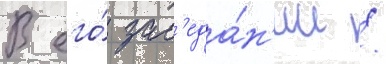
В его́ зас'еда́н'ии /